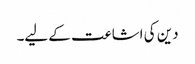
دین کی اشاعت کے لیے۔